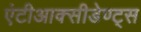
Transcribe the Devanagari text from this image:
एंटीआक्सीडेण्ट्स